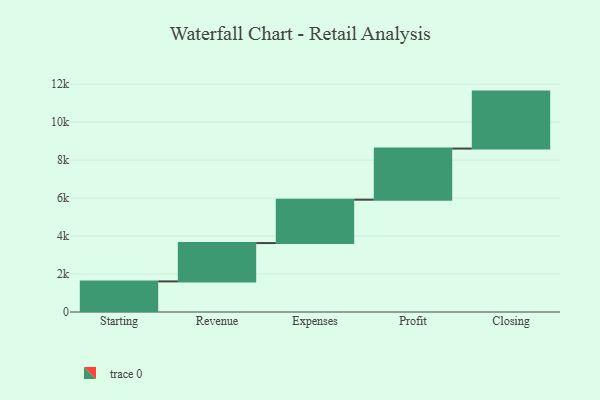
{"axis": {"x": "Step", "y": "Value"}, "legend": [""], "data": [{"x": "Starting", "y": 1612.0, "type": ""}, {"x": "Revenue", "y": 2018.0, "type": ""}, {"x": "Expenses", "y": 2285.0, "type": ""}, {"x": "Profit", "y": 2693.0, "type": ""}, {"x": "Closing", "y": 3000, "type": ""}]}